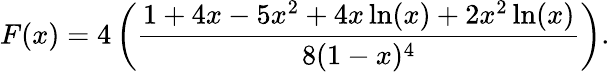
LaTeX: F(x)=4\left(\frac{1+4x-5x^{2}+4x\ln(x)+2x^{2}\ln(x)}{8(1-x)^{4}}\right).